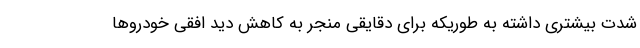
شدت بیشتری داشته به طوریکه برای دقایقی منجر به کاهش دید افقی خودروها